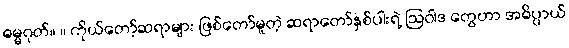
ဓမ္မဂုတ်။ ။ ကိုယ်တော့်ဆရာများ ဖြစ်တော်မူတဲ့ ဆရာတော်နှစ်ပါးရဲ့ ဩဝါဒ တွေဟာ အဓိပ္ပာယ်